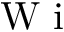
\textrm { W i }